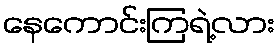
နေကောင်းကြရဲ့လား